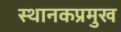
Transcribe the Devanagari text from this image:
स्थानकप्रमुख